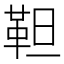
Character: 靼